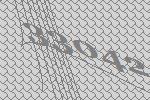
33042